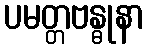
ပမတ္တဗန္ဓုနာ